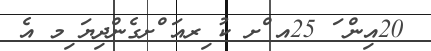
20އިން ަ 25އ ްށ ކު ިރއަ ްށގެންދިޔަ ިމ އެ